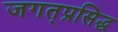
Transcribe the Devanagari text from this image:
जगत्‌प्रसिद्ध